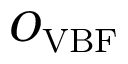
O _ { \mathrm { V B F } }